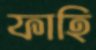
ফাহি